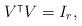
LaTeX: \begin{align*}V^{\intercal}V = I_r,\end{align*}